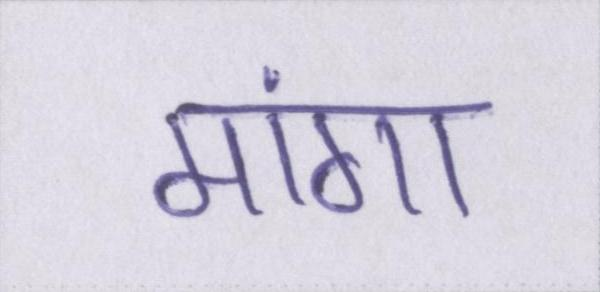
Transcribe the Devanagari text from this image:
मांगा